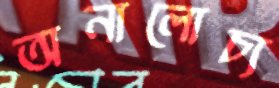
অনালোচ্য